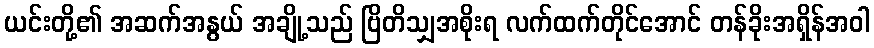
ယင်းတို့၏ အဆက်အနွယ် အချို့သည် ဗြိတိသျှအစိုးရ လက်ထက်တိုင်အောင် တန်ခိုးအရှိန်အဝါ